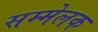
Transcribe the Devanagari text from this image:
सम्मेलक